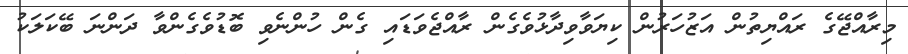
މިރާއްޖޭގެ ރައްޔިތުން އަޒުހަރުން ކިޔަވާވިދާޅުވެގެން ރާއްޖެވަޑައި ގެން ހުންނެވި ބޮޑުވެގެންވާ ދަންނަ ބޭކަލަކު